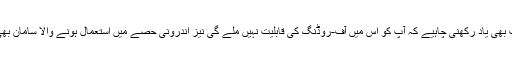
اسے خریدنے سے پہلے یہ بات بھی یاد رکھنی چاہیے کہ آپ کو اس میں آف-روڈنگ کی قابلیت نہیں ملے گی نیز اندرونی حصے میں استعمال ہونے والا سامان بھی بہت اعلی پائے کا نہیں ہو گا۔